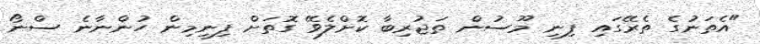
"އެތަނުގެ ތެރޭގައި ފިނި މޫސުން ތަޖުރިބާ ކޮށްލެވޭ ގޮތަށް ފިނިމިން ހުންނާނެ ސްނޯ